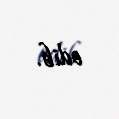
edib.